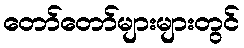
တော်တော်များများတွင်